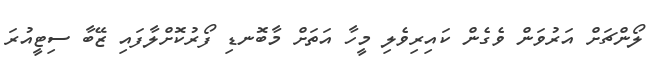
ލޯންޗަށް އަރުވަން ވެގެން ކައިރިވެލި މީހާ އަތަށް މާބޮނޑި ފޯރުކޮށްލާފައި ޒޭބާ ސިޓީއުރަ